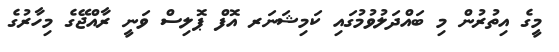
މީގެ އިތުރުން މި ބައްދަލުވުމުގައި ކަމިޝަނަރ އޮފް ޕޮލިސް ވަނީ ރާއްޖޭގެ މިހާރުގެ